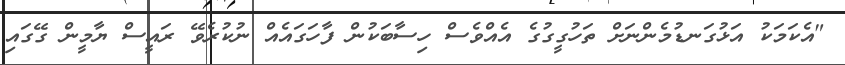
"އެކަމަކު އަޅުގަނޑުމެންނަށް ތަހުގީގުގެ އެއްވެސް ހިސާބަކުން ފާހަގައެެއް ނުކުރެވޭ ރައީސް ޔާމީން ގޭގައި